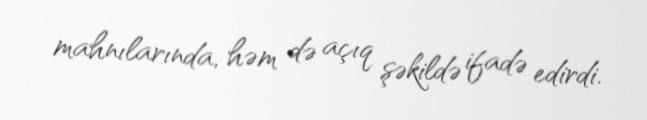
mahnılarında, həm də açıq şəkildə ifadə edirdi.